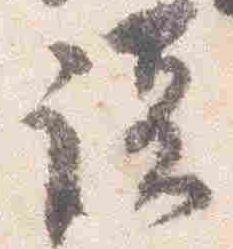
談